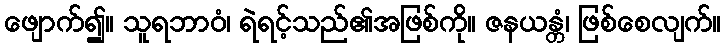
ဖျောက်၍။ သူရဘာဝံ၊ ရဲရင့်သည်၏အဖြစ်ကို။ ဇနယန္တံ၊ ဖြစ်စေလျက်။